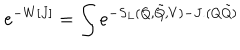
e ^ { - W [ J ] } = \int e ^ { - S _ { L } ( Q , \tilde { Q } , V ) - J . ( Q \tilde { Q } ) }